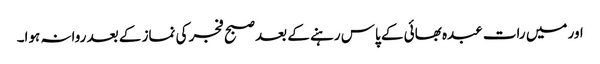
اور میں رات عبدہ بھائی کے پاس رہنے کے بعد صبح فجر کی نماز کے بعد روانہ ہوا۔